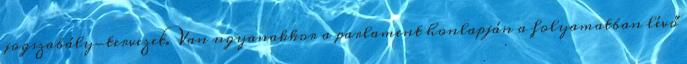
jogszabály-tervezet. Van ugyanakkor a parlament honlapján a folyamatban lévő